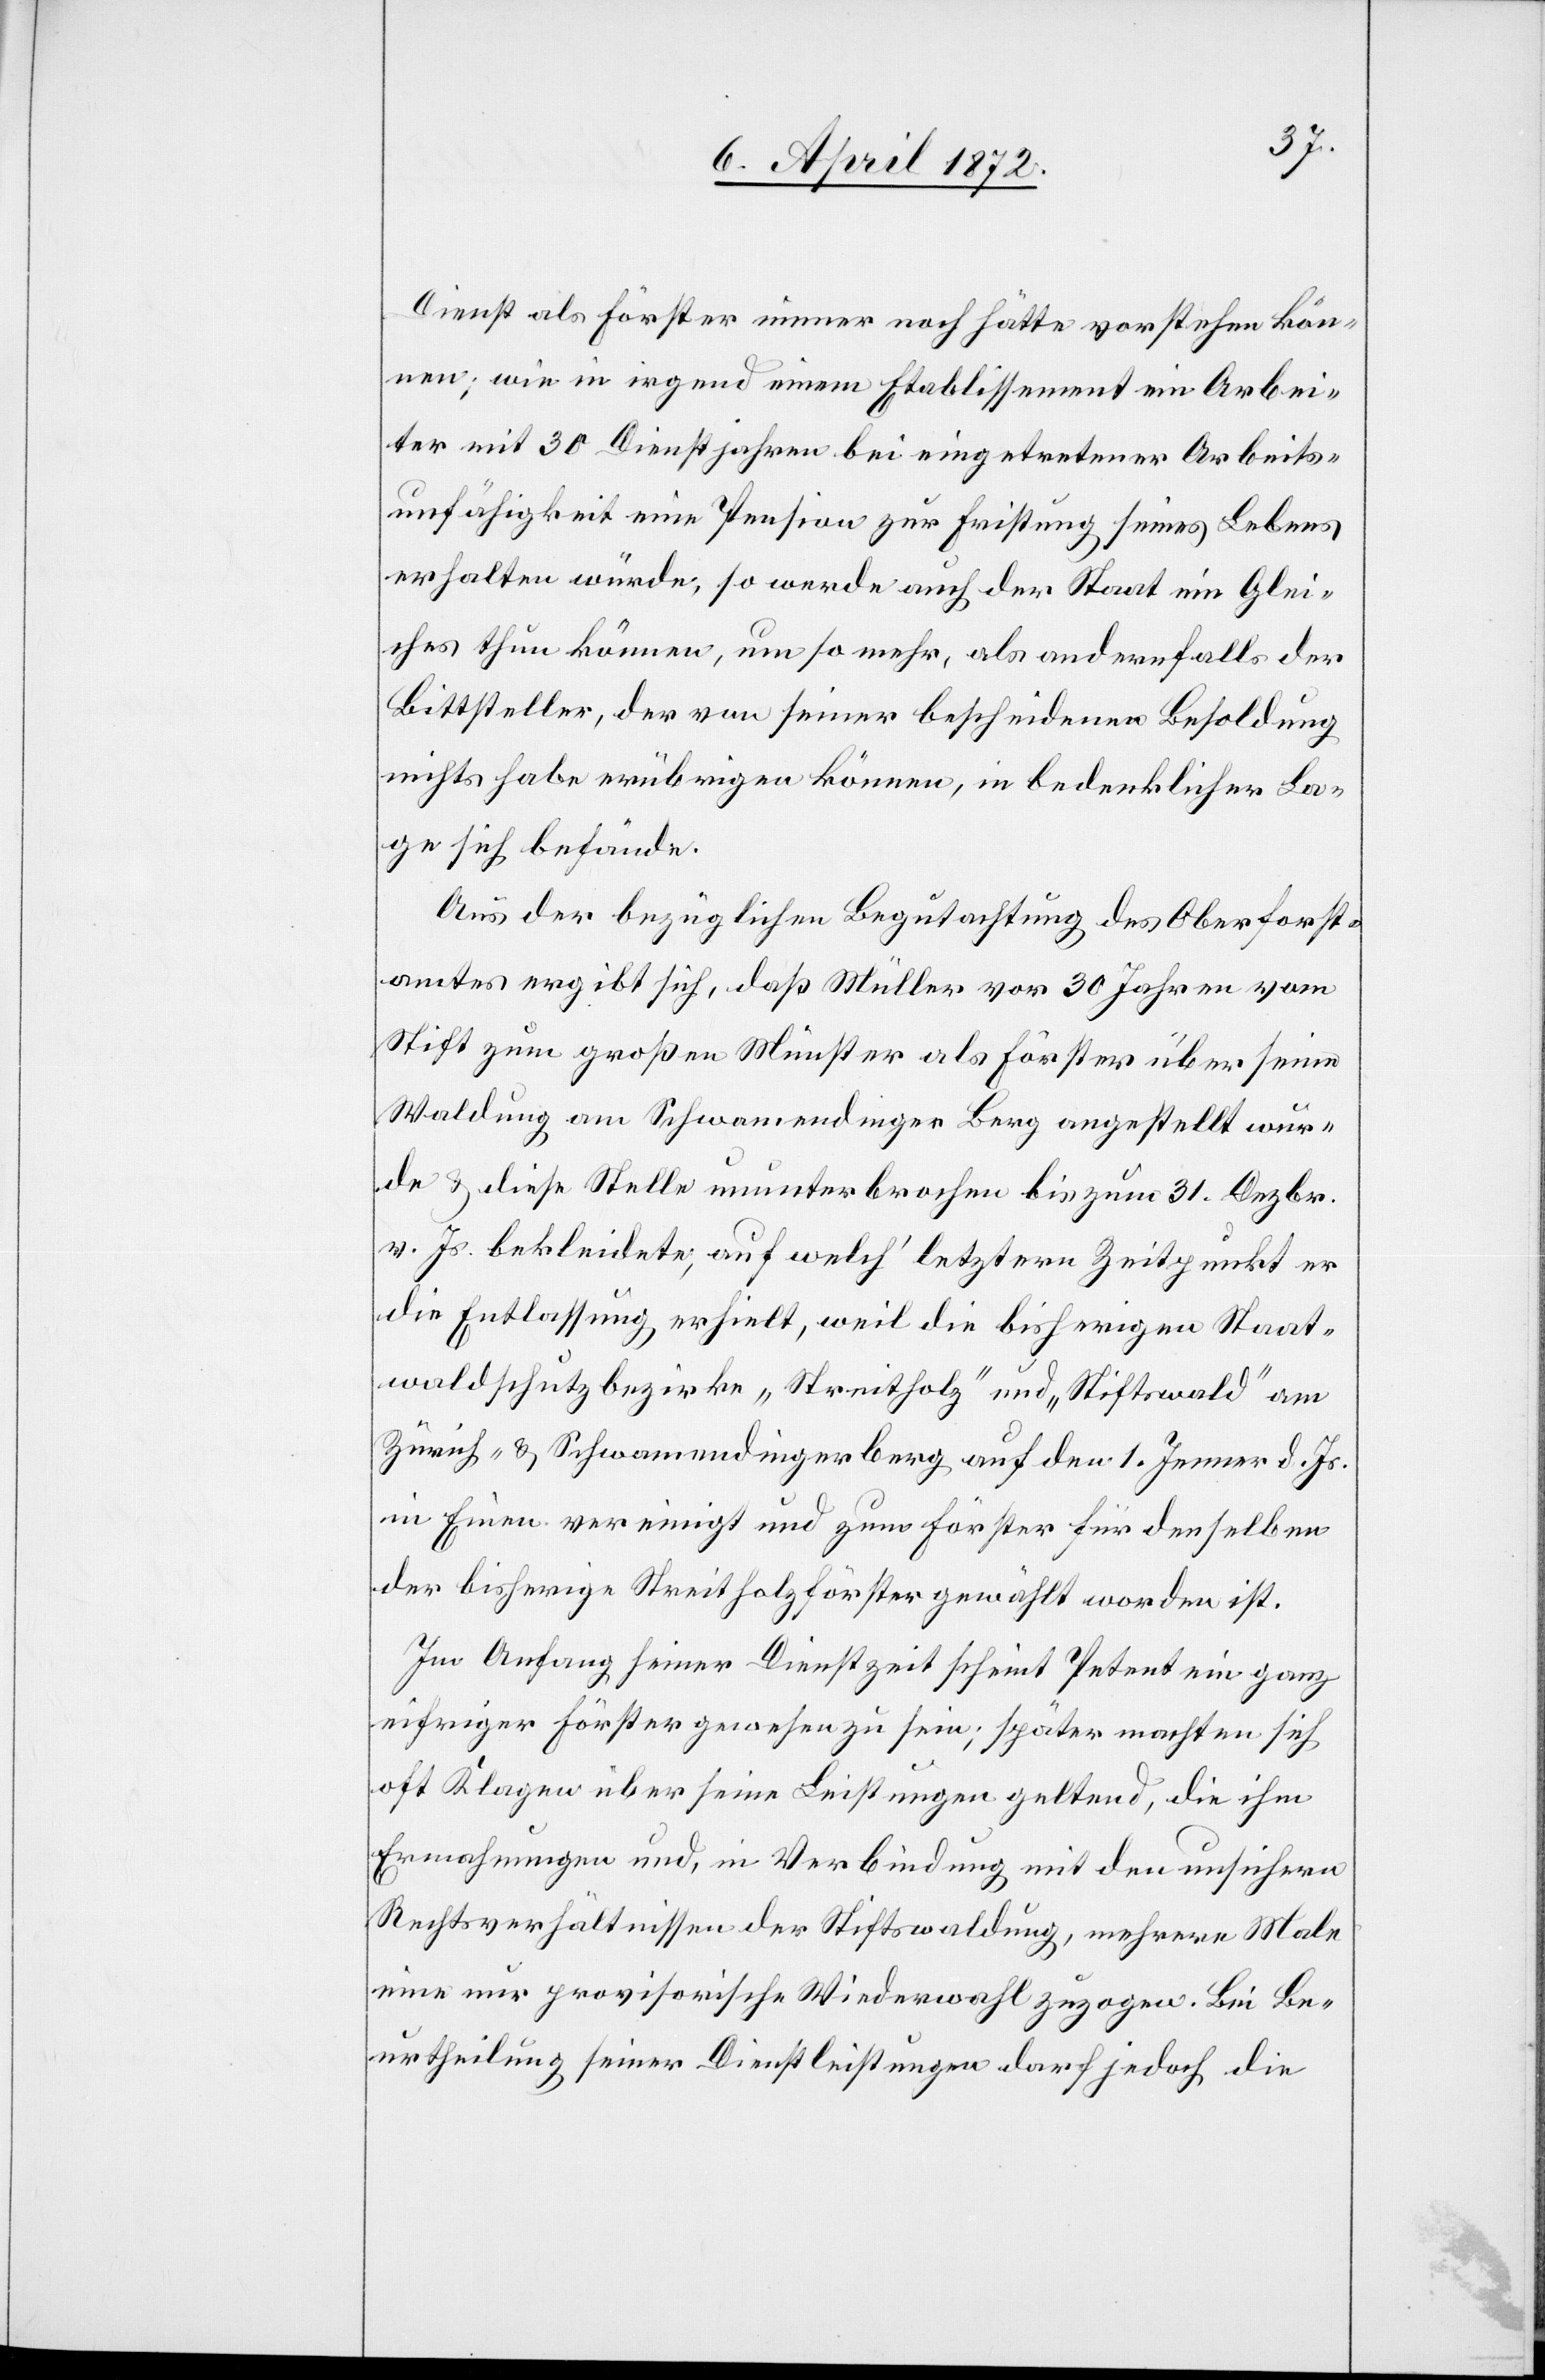
Dienst als Förster immer noch hätte vorstehen kön¬
nen; wie in irgendeinem Etablissement ein Arbei¬
ter mit 30 Dienstjahren bei eingetretener Arbeits¬
unfähigkeit eine Pension zur Fristung seines Lebens
erhalten würde, so werde auch der Staat ein Glei¬
ches thun können, um so mehr, als andernfalls der
Bittsteller, der von seiner bescheidenen Besoldung
nichts habe erübrigen können, in bedenklicher La¬
ge sich befände.
Aus der bezüglichen Begutachtung des Oberforst¬
amtes ergibt sich, daß Müller vor 30 Jahren vom
Stift zum großen Münster als Förster über seine
Waldung am Schwamendinger Berg angestellt wur¬
de u. diese Stelle ununterbrochen bis zum 31. Dezbr.
v. Js. bekleidete, auf welch’ letztern Zeitpunkt er
die Entlassung erhielt, weil die bisherigen Staat¬
waldschutzbezirke „Streitholz“ und „Stiftwald“ am
Zürich- u. Schwamendingerberg auf den 1. Jenner d. Js.
in Einen vereinigt und zum Förster für denselben
der bisherige Streitholzförster gewählt worden ist.
Im Anfang seiner Dienstzeit scheint Petent ein ganz
eifriger Förster gewesen zu sein; später machten sich
oft Klagen über seine Leistungen geltend, die ihm
Ermahnungen und, in Verbindung mit den unsichern
Rechtsverhältnissen der Stiftwaldung, mehrere Male
eine nur provisorische Wiederwahl zuzogen. Bei Be¬
urtheilung seiner Dienstleistungen darf jedoch die